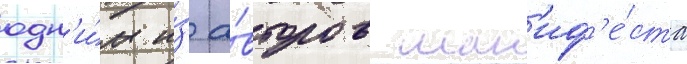
одн'и́м и́з а́второв ман'иф'е́ста